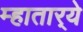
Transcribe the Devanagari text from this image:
म्हातार्‍ये